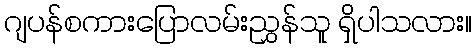
ဂျပန်စကားပြောလမ်းညွှန်သူ ရှိပါသလား။